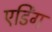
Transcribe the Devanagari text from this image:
एर्डिंग